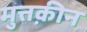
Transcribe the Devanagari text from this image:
मुत्तक़ीन